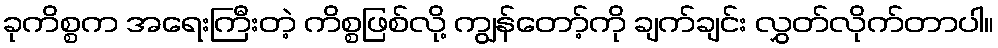
ခုကိစ္စက အရေးကြီးတဲ့ ကိစ္စဖြစ်လို့ ကျွန်တော့်ကို ချက်ချင်း လွှတ်လိုက်တာပါ။